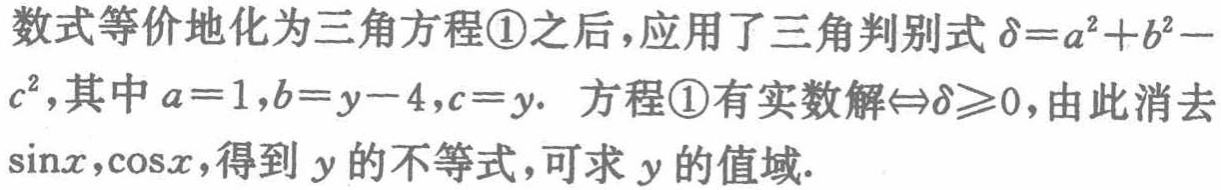
数式等价地化为三角方程\textcircled{1}之后，应用了三角判别式\(\delta = a^{2}+b^{2}-c^{2}\)，其中\(a = 1,b = y - 4,c = y\). 方程\textcircled{1}有实数解\(\Leftrightarrow\delta\geqslant0\)，由此消去\(\sin x,\cos x\)，得到\(y\)的不等式，可求\(y\)的值域.